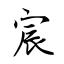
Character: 宸